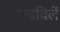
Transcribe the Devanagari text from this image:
वाढविलें